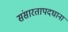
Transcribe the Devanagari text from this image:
संसारतापदघानां